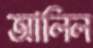
আলিল